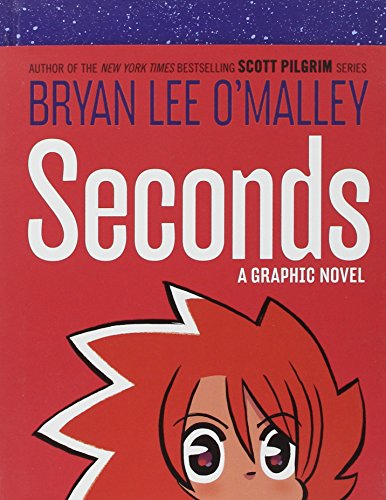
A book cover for Seconds: A Graphic Novel; Bryan Lee O'Malley; Comics & Graphic Novels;